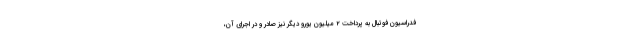
فدراسیون فوتبال به پرداخت ۲ میلیون یورو دیگر نیز صادر و در اجرای آن،